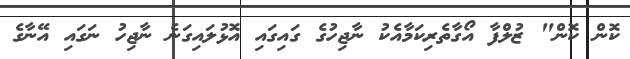
ކޮން ކޮން" ޒުލްފާ އޯގާތެރިކަމާއެކު ނާޖިހުގެ ގައިގައި އޮޅުލައިގަނެ ނާޖިހު ނަގައި އޭނާގެ